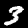
Label: 3